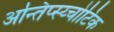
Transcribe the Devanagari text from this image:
अन्तिप्स्य्चोटिक